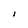
Character: I